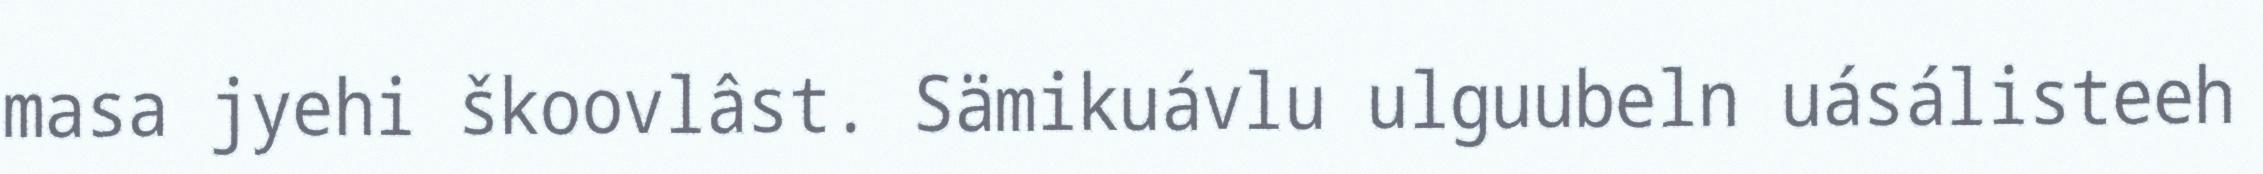
masa jyehi škoovlâst. Sämikuávlu ulguubeln uásálisteeh